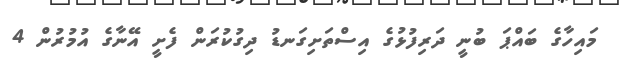
މައިހާގެ ބައްޕަ ބުނީ ދަރިފުޅުގެ އިސްތަށިގަނޑު ދިގުކުރަން ފެށީ އޭނާގެ އުމުރުން 4